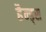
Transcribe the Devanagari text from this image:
हैन्ड्स